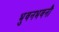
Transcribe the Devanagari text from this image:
भुवनभवनौ